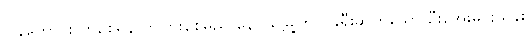
ပြန်ကောင်းလာစေရန် ကွဲပြားစေမည် နေပယ်မြို့တွင် ခရီးဆက်သော် ဦးအေးမင်းသိန်း